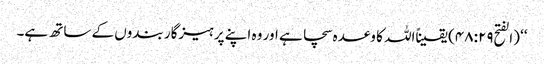
‘‘ (الفتح۴۸:۲۹) یقیناًاللہ کا وعدہ سچا ہے اور وہ اپنے پرہیزگار بندوں کے ساتھ ہے۔